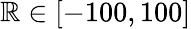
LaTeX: \mathbb{R}\in[-100,100]